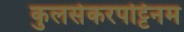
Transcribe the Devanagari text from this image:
कुलसेकरपट्टिनम